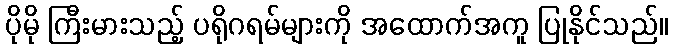
ပိုမို ကြီးမားသည့် ပရိုဂရမ်များကို အထောက်အကူ ပြုနိုင်သည်။